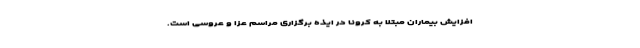
افزایش بیماران مبتلا به کرونا در ایذه برگزاری مراسم عزا و عروسی است.